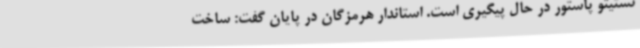
نستیتو پاستور در حال پیگیری است. استاندار هرمزگان در پایان گفت: ساخت